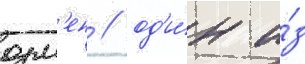
озм'ен / од'и́н и́з